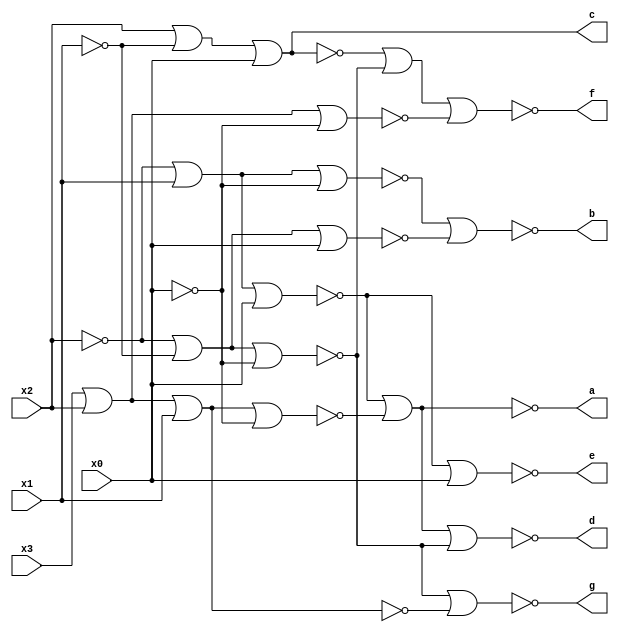
`timescale 1ns / 1ps
//////////////////////////////////////////////////////////////////////////////////
// Company: UCLA
// 
// Design Name: 
// Module Name: csm51a_proj2
// Project Name: 
// Target Devices: 
// Tool Versions: 
// Description: 
// 
// Dependencies: 
// 
// Revision:
// Revision 0.01 - File Created
// Additional Comments:
// 
//////////////////////////////////////////////////////////////////////////////////


module csm51a_proj2(
    input x0,
    input x1,
    input x2,
    input x3,
    output a,
    output b,
    output c,
    output d,
    output e,
    output f,
    output g
    );
    
    wire n1_out, n2_out, n4_out, n5_out, n7_out, n9_out;
    
    //  x_2' + x_1 + x_0: a, d, e
    nor n1(n1_out, !x2, x1, x0);
    
    //  x_3 + x_2 + x_1 + x_0': a, d
    nor n2(n2_out, x3, x2, x1, !x0);

    //  output a
    nor n3(a, n1_out, n2_out);
    
    //  x_2' + x_1 + x_0': b
    nor n4(n4_out, !x2, x1, !x0);
    
    //  x_2' + x_1' + x_0: b
    nor n5(n5_out, !x2, !x1, x0);
    
    //  output b
    nor n6(b, n4_out, n5_out);
    
    //  x_2 + x_1' + x_0: c, f
    nor n7(n6_out, x2, !x1, x0);
    
    //  output c
    nor n8(c, n6_out, n6_out);
    
    //  x_2' + x_1' + x_0': d, f, g
    nor n9(n7_out, !x2, !x1, !x0);
    
    //  output d
    nor n10(d, n1_out, n2_out, n7_out);

    //  output e
    nor n11(e, n1_out, x0);
    
    //  x_3 + x_2 + x_0': f
    nor n12(n8_out, x3, x2, !x0);
    nor n13(f, n6_out, n7_out, n8_out);
    
    //  x_3 + x_2 + x_1: g
    nor n14(n9_out, x3, x2, x1);
    
    //  output g
    nor n15(g, n7_out, n9_out); 
 
endmodule